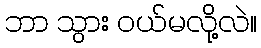
ဘာ သွား ဝယ်မလို့လဲ။